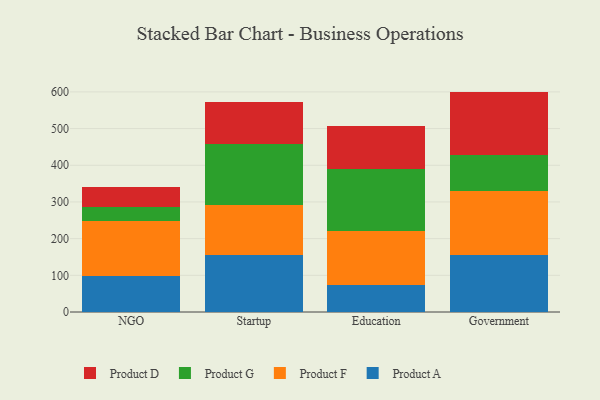
{"axis": {"x": "Segment", "y": "Inventory Turnover"}, "legend": ["Product A", "Product D", "Product F", "Product G"], "data": [{"x": "NGO", "y": 99.4, "type": "Product A"}, {"x": "NGO", "y": 150.0, "type": "Product F"}, {"x": "NGO", "y": 37.7, "type": "Product G"}, {"x": "NGO", "y": 54.1, "type": "Product D"}, {"x": "Startup", "y": 155.6, "type": "Product A"}, {"x": "Startup", "y": 135.7, "type": "Product F"}, {"x": "Startup", "y": 167.5, "type": "Product G"}, {"x": "Startup", "y": 113.6, "type": "Product D"}, {"x": "Education", "y": 74.8, "type": "Product A"}, {"x": "Education", "y": 146.1, "type": "Product F"}, {"x": "Education", "y": 169.5, "type": "Product G"}, {"x": "Education", "y": 115.9, "type": "Product D"}, {"x": "Government", "y": 156.0, "type": "Product A"}, {"x": "Government", "y": 174.8, "type": "Product F"}, {"x": "Government", "y": 97.8, "type": "Product G"}, {"x": "Government", "y": 172.2, "type": "Product D"}]}